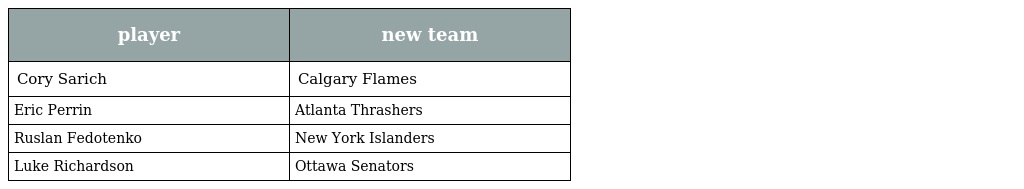
| player | new team |
 | --- | --- |
 | Cory Sarich | Calgary Flames |
 | Eric Perrin | Atlanta Thrashers |
 | Ruslan Fedotenko | New York Islanders |
 | Luke Richardson | Ottawa Senators |